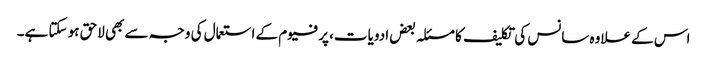
اس کے علاوہ سانس کی تکلیف کا مسئلہ بعض ادویات، پرفیوم کے استعمال کی وجہ سے بھی لاحق ہو سکتا ہے۔